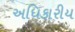
અધિકારીય